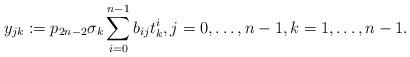
LaTeX: \begin{align*} y_{jk}:=p_{2n-2}\sigma_k\sum_{i=0}^{n-1}b_{ij}t_k^i, j=0,\dots, n-1,k=1,\dots, n-1.\end{align*}